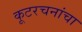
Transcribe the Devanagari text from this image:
कूटरचनांचा